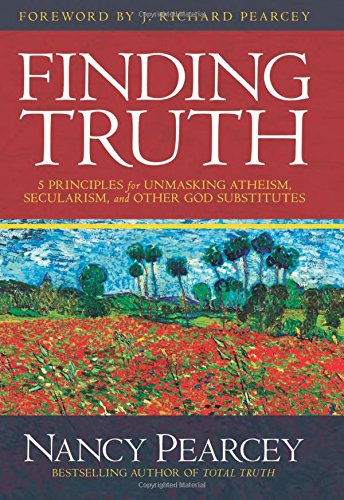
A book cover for Finding Truth: 5 Principles for Unmasking Atheism, Secularism, and Other God Substitutes; Nancy Pearcey; Christian Books & Bibles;